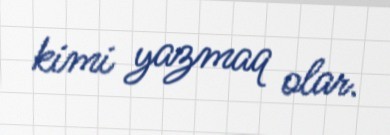
kimi yazmaq olar.